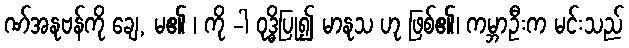
ဏ်အနုဗန်ကို ချေ, မ၏ ၊ ကို -ါ ဝုဒ္ဓိပြု၍ မာနုသ ဟု ဖြစ်၏၊ ကမ္ဘာဦးက မင်းသည်